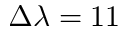
\Delta \lambda = 1 1